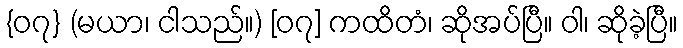
{၀၇} (မယာ၊ ငါသည်။) [၀၇] ကထိတံ၊ ဆိုအပ်ပြီ။ ဝါ၊ ဆိုခဲ့ပြီ။